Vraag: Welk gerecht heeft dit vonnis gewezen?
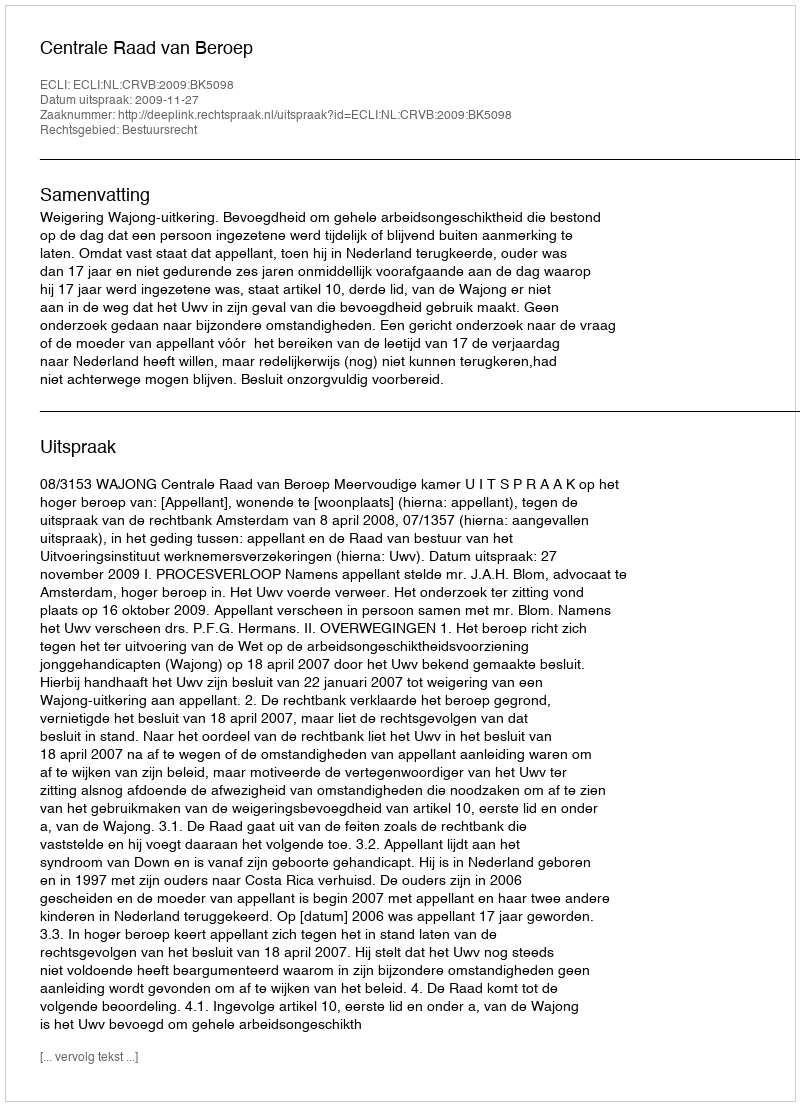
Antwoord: Centrale Raad van Beroep